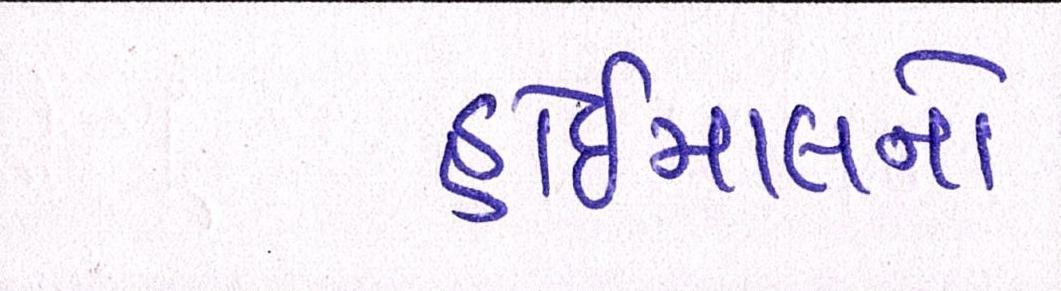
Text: હોઇમાલનો